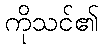
ကိုသင်၏